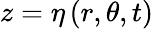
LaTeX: z=\eta\left(r,\theta,t\right)